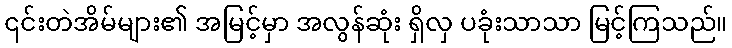
၎င်းတဲအိမ်များ၏ အမြင့်မှာ အလွန်ဆုံး ရှိလှ ပခုံးသာသာ မြင့်ကြသည်။